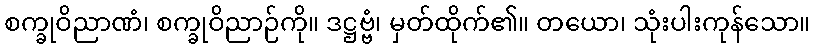
စက္ခုဝိညာဏံ၊ စက္ခုဝိညာဉ်ကို။ ဒဋ္ဌဗ္ဗံ၊ မှတ်ထိုက်၏။ တယော၊ သုံးပါးကုန်သော။